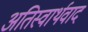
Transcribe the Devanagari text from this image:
अतिस्वार्थवाद